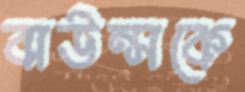
বাউন্সকে